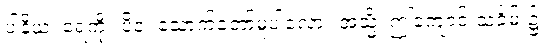
ပါနိယံ၊ ရေကို။ ပိဝ၊ သောက်တော်မူပါလော။ အသ္မိံ၊ ဤကျောင်းသင်္ခမ်း၌။